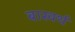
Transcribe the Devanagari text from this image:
बास्वर्थ